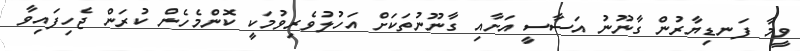
ވީމާ ފަނޑިޔާރުން ގާނޫނު އަސާސީ އަށާއި ގާނޫނުތަކަށް އަހުލުވެރިވުމަކީ ކޮންމެހެން ކުރަން ޖެހިފައިވާ